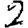
Digit: 2